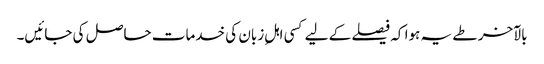
بالآخر طے یہ ہوا کہ فیصلے کے لیے کسی اہلِ زبان کی خدمات حاصل کی جائیں۔